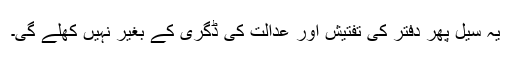
یہ سیل پھر دفتر کی تفتیش اور عدالت کی ڈگری کے بغیر نہیں کھلے گی۔